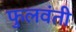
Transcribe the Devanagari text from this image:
फुलवंती